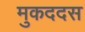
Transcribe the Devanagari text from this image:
मुकददस